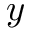
y